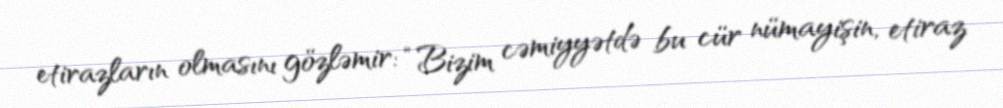
etirazların olmasını gözləmir: “Bizim cəmiyyətdə bu cür nümayişin, etiraz